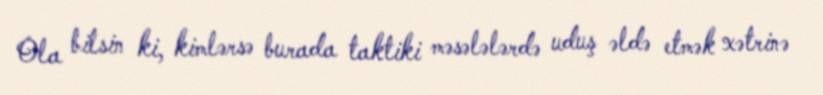
Ola bilsin ki, kimlərsə burada taktiki məsələlərdə uduş əldə etmək xətrinə